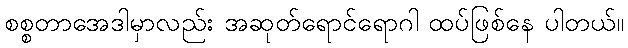
စစ္စတာအေဒါမှာလည်း အဆုတ်ရောင်ရောဂါ ထပ်ဖြစ်နေ ပါတယ်။